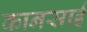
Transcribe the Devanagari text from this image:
कानसाई